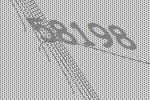
58198